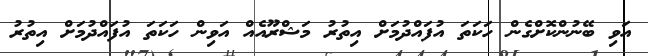
އަވި ބޭނުންކޮށްގެން ހަކަތަ އުފައްދުމަށް އިތުރު މަޝްރޫއެއް އަވިން ހަކަތަ އުފައްދުމަށް އިތުރު